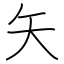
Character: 矢